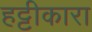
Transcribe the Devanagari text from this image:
हट्टीकारा